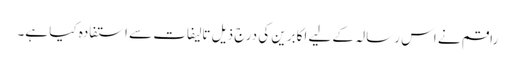
راقم نے اس رسالہ کے لیے اکابرین کی درج ذیل تالیفات سے استفادہ کیا ہے۔